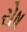
રોષ